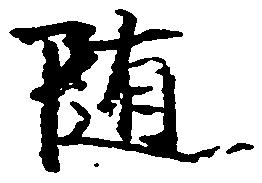
随